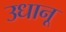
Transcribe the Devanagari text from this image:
उधानू